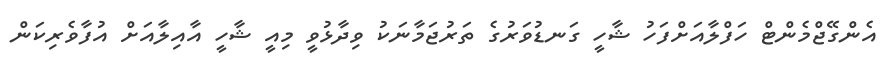
އެންގޭޖްމެންޓް ހަފްލާއަށްފަހު ޝާހީ ގަނޑުވަރުގެ ތަރުޖަމާނަކު ވިދާޅުވީ މިއީ ޝާހީ އާއިލާއަށް އުފާވެރިކަން